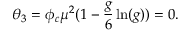
\theta _ { 3 } = \phi _ { c } \mu ^ { 2 } ( 1 - { \frac { g } { 6 } } \ln ( g ) ) = 0 .